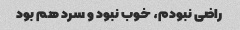
راضی نبودم، خوب نبود و سرد هم بود